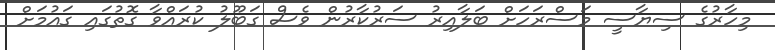
މިހާރުގެ ސިޔާސީ މަސްރަހަށް ބަލާއިރު ސަރުކާރުން ވެސް ގަބޫލު ކުރައްވާ ގޮތުގައި ގައުމަށް